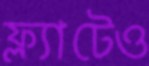
ফ্ল্যাটেও